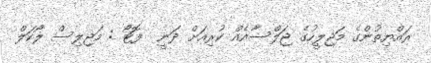
ރައްޔިތުންގެ މަޖިލީހުގެ ޖަލްސާއެއް ކުރިއަށް ދަނީ  ފޮޓޯ : މަޖިލިސް ލޯކަލް